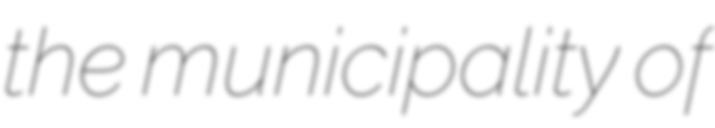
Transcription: the municipality of